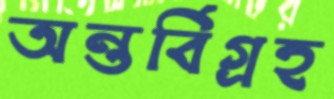
অন্তর্বিগ্রহ